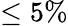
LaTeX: \le 5\%